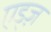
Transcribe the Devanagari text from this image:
एड्ज़